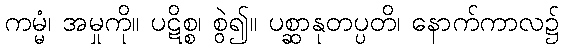
ကမ္မံ၊ အမှုကို။ ပဋိစ္စ၊ စွဲ၍။ ပစ္ဆာနုတပ္ပတိ၊ နောက်ကာလ၌